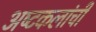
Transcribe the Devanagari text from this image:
अष्‍टकलांची